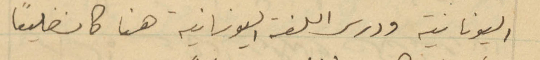
اليونانية ودرس اللغة اليونانية هنا كان ضليعاً